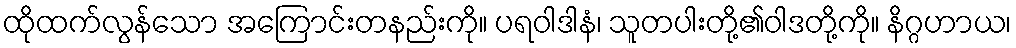
ထိုထက်လွန်သော အကြောင်းတနည်းကို။ ပရဝါဒါနံ၊ သူတပါးတို့၏ဝါဒတို့ကို။ နိဂ္ဂဟာယ၊